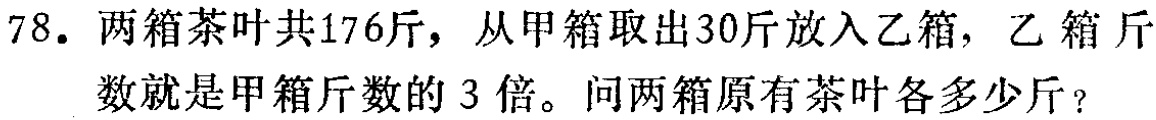
78. 两箱茶叶共176斤，从甲箱取出30斤放入乙箱，乙箱斤数就是甲箱斤数的3倍。问两箱原有茶叶各多少斤？